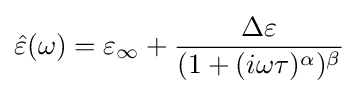
{\hat {\varepsilon }}(\omega )=\varepsilon _{\infty }+{\frac {\Delta \varepsilon }{(1+(i\omega \tau )^{\alpha })^{\beta }}}